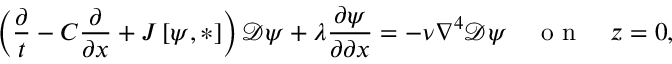
\left( \frac { \partial } { t } - C \frac { \partial } { \partial x } + J \left[ \psi , * \right] \right) \mathcal { D } \psi + \lambda \frac { \partial \psi } { \partial \partial x } = - \nu \nabla ^ { 4 } \mathcal { D } \psi \quad \textrm { o n } \quad z = 0 ,